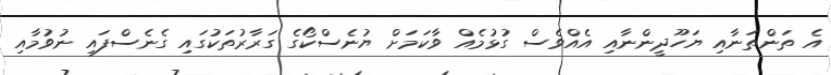
އެ ތަންތަނާއި ޔަހޫދީންނާއި އެއްވެސް ގުޅުމެއް ވާކަމަށް ޔުނެސްކޯގެ ގަރާރުތަކުގައި ގެނެސްފައި ނުވުމާއި